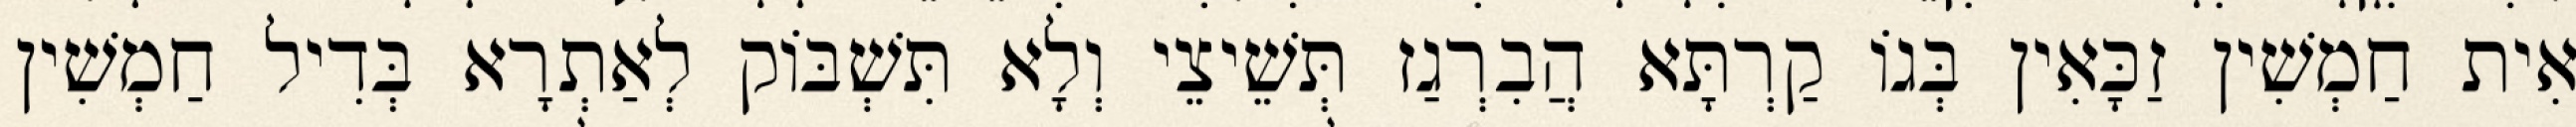
אִית חַמְשִׁין זַכָּאִין בְּגוֹ קַרְתָּא הֲבִרְגַז תְּשֵׁיצֵי וְלָא תִּשְׁבּוֹק לְאַתְרָא בְּדִיל חַמְשִׁין